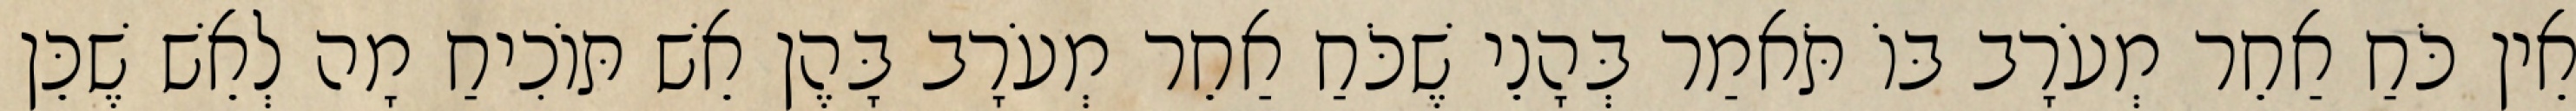
אֵין כֹּחַ אַחֵר מְעֹרָב בּוֹ תֹּאמַר בְּהָנֵי שֶׁכֹּחַ אַחֵר מְעֹרָב בָּהֶן אֵשׁ תּוֹכִיחַ מָה לְאֵשׁ שֶׁכֵּן